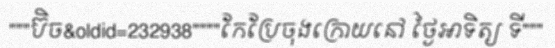
"""ប៊ិច&oldid=232938""""កែប្រែចុងក្រោយនៅ ថ្ងៃអាទិត្យ ទី"""